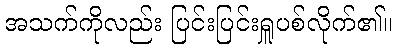
အသက်ကိုလည်း ပြင်းပြင်းရှူပစ်လိုက်၏။